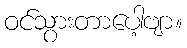
ဝင်သွားတာပေါ့ဗျာ။